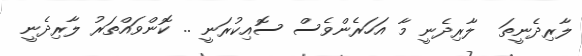
ލާރިދެނީތަ  ލާރިދެނީ މާ އަހަރެންވެސް ސޮއިކުރަނީ .. ކޮންވައްތަރު ލާރިދެނީ